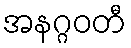
အနဂ္ဂဝတီ